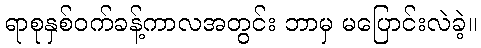
ရာစုနှစ်ဝက်ခန့်ကာလအတွင်း ဘာမှ မပြောင်းလဲခဲ့။